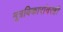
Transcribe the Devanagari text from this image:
मूत्रविकारांवरही